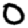
Digit: 0